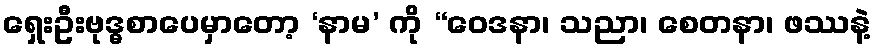
ရှေးဦးဗုဒ္ဓစာပေမှာတော့ ‘နာမ’ ကို “ဝေဒနာ၊ သညာ၊ စေတနာ၊ ဖဿနဲ့